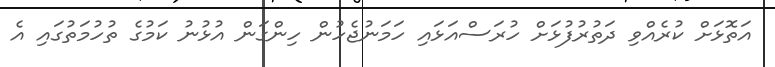
އަތޮޅަށް ކުރެއްވި ދަތުރުފުޅަށް ހުރަސްއަޅައި ހަމަނުޖެހުން ހިންގަން އުޅުނު ކަމުގެ ތުހުމަތުގައި އެ